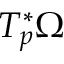
T _ { p } ^ { \ast } \Omega